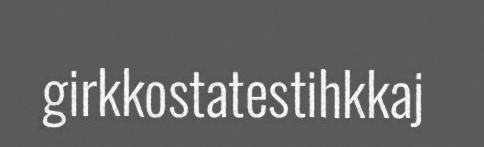
girkkostatestihkkaj